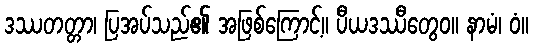
ဒဿတတ္တာ၊ ပြအပ်သည်၏ အဖြစ်ကြောင့်။ ပီယဒဿီတွေဝ။ နာမံ၊ ဝံ။